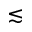
\lesssim